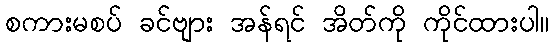
စကားမစပ် ခင်ဗျား အန်ရင် အိတ်ကို ကိုင်ထားပါ။